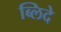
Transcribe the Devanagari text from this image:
ब्लिदे